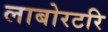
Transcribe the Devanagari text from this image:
लाबोरटरि